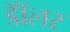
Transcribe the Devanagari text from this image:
डॉॅलर